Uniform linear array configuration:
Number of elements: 12
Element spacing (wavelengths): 1
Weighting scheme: hamming
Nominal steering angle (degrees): -15
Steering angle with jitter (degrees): -14.941
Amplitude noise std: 0.05
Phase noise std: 0.05

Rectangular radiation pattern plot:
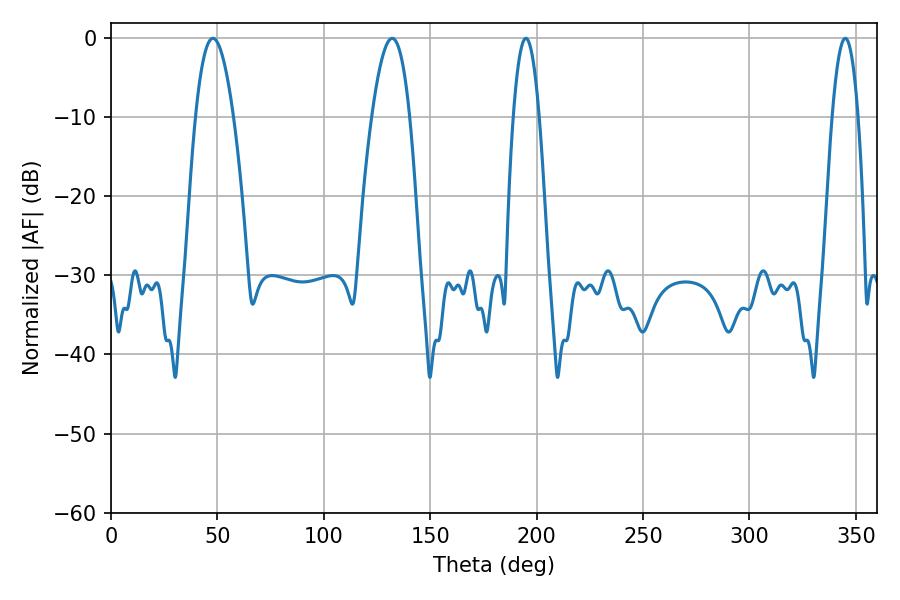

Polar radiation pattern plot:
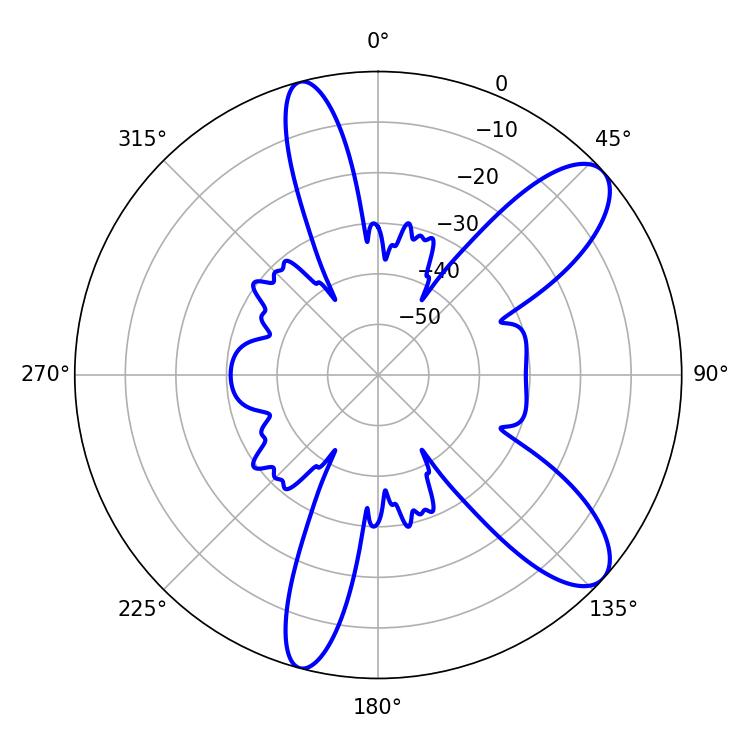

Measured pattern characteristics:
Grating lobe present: TRUE
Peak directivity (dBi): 9.828
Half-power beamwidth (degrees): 9.72
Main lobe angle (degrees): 47.88